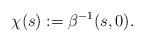
LaTeX: \begin{align*}\chi(s):= \beta^{-1}(s, 0). \end{align*}